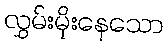
လွှမ်းမိုးနေသော